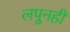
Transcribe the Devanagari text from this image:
लपूनही